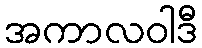
အကာလဝါဒီ